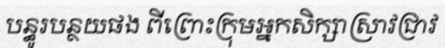
បន្ធូរបន្ថយផង ពីព្រោះក្រុមអ្នកសិក្សាស្រាវជ្រាវ